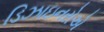
ડિઝાઇનરોએ